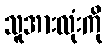
သူအားလုံးကို